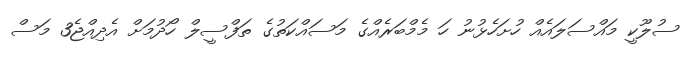
ސުލޫކީ މައްސަލައެއް ހުށަހެޅުނު ހަ މެމްބަރެއްގެ މަސައްކަތުގެ ތަފްސީލް ހޯދުމަށް އެދިއްޖެ3 މަސް